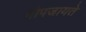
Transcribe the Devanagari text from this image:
नोपजायते